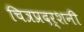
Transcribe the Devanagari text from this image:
चित्रप्रदर्शनी